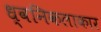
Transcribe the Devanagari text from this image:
ध्वनिकलाकार